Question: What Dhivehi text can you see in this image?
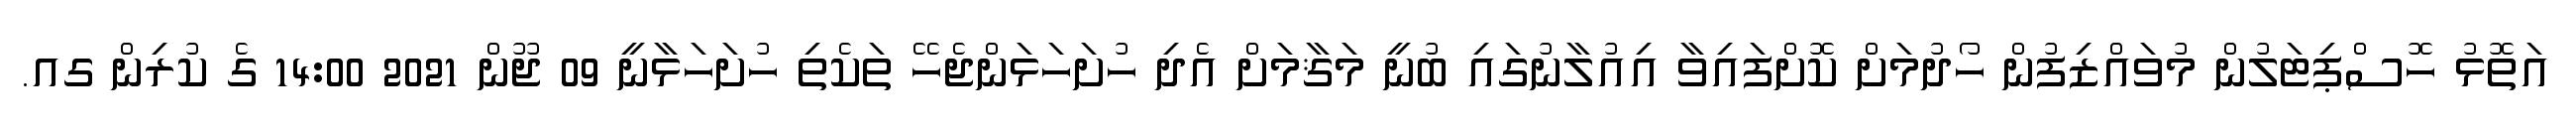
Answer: އަތޮޅު ހޮސްޕިޓަލުން މުވައްޒިފުން ހޯދުމަށް ކޮށްފައިވާ އިއުލާނުގައި ބުނީ މަޤާމަށް އެދި ހުށަހަޅަންޖެހޭ ތަކެތި ހުށަހަޅާނީ 09 ޖޫން 2021 14:00 ގެ ކުރިން ގއ.